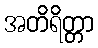
အတိရိတ္တာ